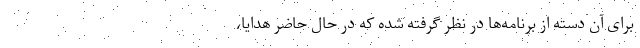
برای آن دسته از برنامه‌ها در نظر گرفته شده که در حال حاضر هدایا،